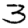
Digit: 3